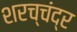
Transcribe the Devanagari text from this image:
शरच्चंंद्र